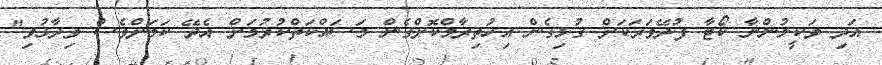
އަދި ވަކީލުންނާ ކޯޓާ ފުދޭވަރަކަށް ގުޅިގެން އިހުތިރާމްކޮށްގެން މަސައްކަތްކުރުމަށް އެދޭ ކަމަށްވެސް ވިދާޅުވި"